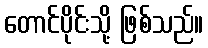
တောင်ပိုင်းသို့ ဖြစ်သည်။